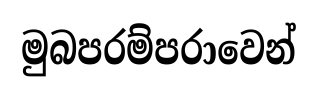
මුබපරම්පරාවෙන්